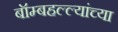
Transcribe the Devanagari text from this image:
बॉम्बहल्ल्यांच्या